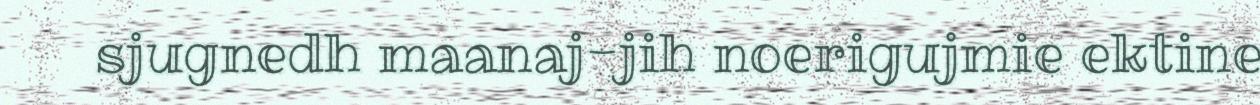
sjugnedh maanaj-jih noerigujmie ektine